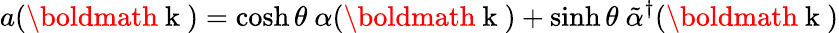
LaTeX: a(\mathrm{\boldmath~k~})=\cosh\theta\ \alpha(\mathrm{\boldmath~k~})+\sinh\theta\ \tilde{\alpha}^{\dagger}(\mathrm{\boldmath~k~})